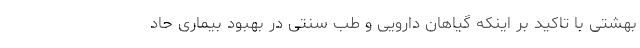
بهشتی با تاکید بر اینکه گیاهان دارویی و طب سنتی در بهبود بیماری حاد